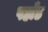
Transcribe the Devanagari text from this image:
पहाँड